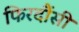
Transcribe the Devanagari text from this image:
फिरदौंसी